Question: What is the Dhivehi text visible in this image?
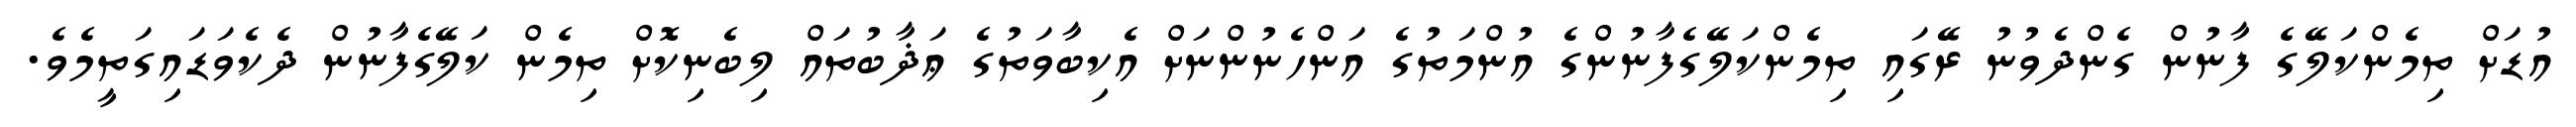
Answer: އުޑަށް ތިމެންކަލޭގެ ފާނުން ގެންދެވުނު ރޭގައި ތިމެންކަލޭގެފާނުންގެ އުންމަތުގެ އަންހެނުންނަށް އެކިބާވަތުގެ ޢަޛާބުތައް ލިބެނިކޮށް ތިމެން ކަލޭގެފާނުން ދެކެވަޑައިގަތީމެވެ.